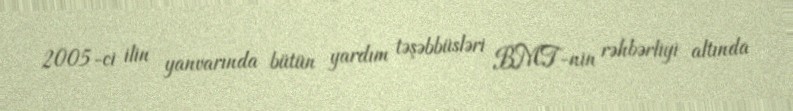
2005-ci ilin yanvarında bütün yardım təşəbbüsləri BMT-nin rəhbərliyi altında